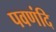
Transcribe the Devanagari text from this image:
पवणंदि